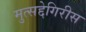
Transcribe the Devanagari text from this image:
मुत्सद्देगिरीस